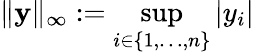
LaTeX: \| \mathbf{y}\| _{\infty}:=\operatorname*{sup}_{i\in\{ 1,\ldots,n\} }|y_{i}|